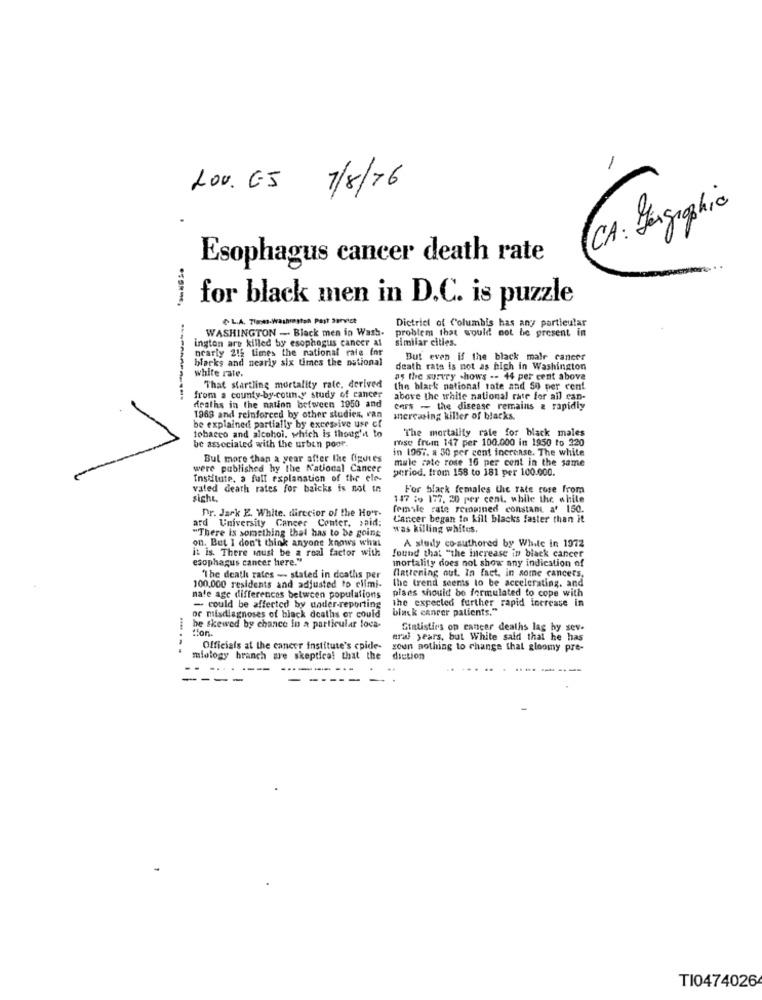
LOU. ES 7/8/16
CA : Jegraphic
Esophagus cancer death rate
for black men in D.C. is puzzle
L.A. Times-Washresten Past Service
WASHINGTON - Black men in Wash-
problem that would not be present in
District of Columbis has any particular
ington are killed by esophagus cancer at
similar cities.
nearly 215 times the national rale for
blacks and nearly six times the national
But even if the black male cancer
white rate.
death rata is not as high in Washington
as the survey -hows -- 44 per cent above
That startling mortality rate, derived
the black national tate and 50 per cent
from a county-by-coun y study of cancer
above the while national rate for ail can-
deaths in the nation between 1950 and
Cars - the disease remains & rapidly
1968 and reinforced by other studies, van
mercasing killer of blacks.
be explained partially by excessive use of
tobacco and alcohol, which is thought to
The mortality rate for black males
rise from 147 per 100.000 in 1950 to 320
be associated with the urbin poor.
in 1957. # 50 per cent increase. The white
Bul more than a year after the figures
male rate rose 16 per cent in the same
were published hy the National Cancer
period. trom 158 to 181 per 100.000.
Institute. a full explanation of the ele-
vated death rates for balcks is not in
For black females the rate rose from
sicht,
147 :0 177. 20 per cent. while the white
Dr. Jark E. White. director of the Ho'r.
female rate remained constant at 150.
Cancer began to kill blacks faster than it
ard University Cancer Center, said:
was killing whites.
"There is something that has to be going
A study co-authored by While in 1972
on. But I don't think anyone knows what
it is. There must be a real factor with
esophagus cancer here."
found that "the increase in black cancer
mortality does not show any indication of
The death rates - stated in deaths per
flattening out. In fact, in some cancers,
the trend seems to be accelerating. and
100,000 residents and adjusted to climi-
pises should be formulated to cope with
nale age differences between populations
the expected further rapid increase in
- could be affected by under-reporting
black cancer patients."
or misdiagnoses of black deaths er could
he skewed by chance in a particular loca-
fon.
Statistics on cancer deaths lag hy sev.
eral years, but White said that he has
Officials at the cancer institute's cpide-
soun nothing to change that gloomy pre-
miology branch are skeptical that the
diction
---
--
TI0474026